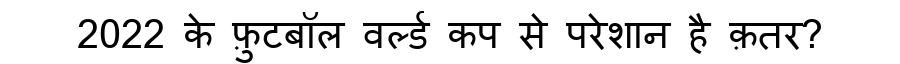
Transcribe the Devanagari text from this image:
2022 के फ़ुटबॉल वर्ल्ड कप से परेशान है क़तर?